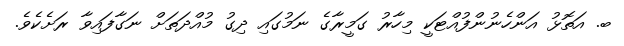
ބ. އަތޮޅު އަންހެނުންފުއްޓަކީ މިހާރު ގަމީރާގެ ނަމުގައި ދިގު މުއްދަތަށް ނަގާފައިވާ ރަށެކެވެ.